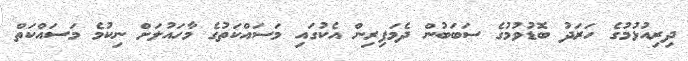
ދިރިއުޅުމުގެ ހަރަދު ބޮޑުވުމުގެ ސަބަބުން ދެމަފިރިން އެކުގައި މަސައްކަތުގެ މާހައުލަށް ނިކުމެ މަސައްކަތް